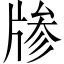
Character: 𱭞